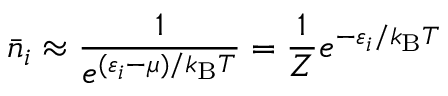
{ \bar { n } } _ { i } \approx { \frac { 1 } { e ^ { ( \varepsilon _ { i } - \mu ) / k _ { \mathrm { { B } } } T } } } = { \frac { 1 } { Z } } e ^ { - \varepsilon _ { i } / k _ { \mathrm { { B } } } T }